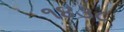
૧૪૩૮